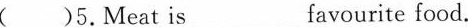
( )5.Meat is___favourite food.